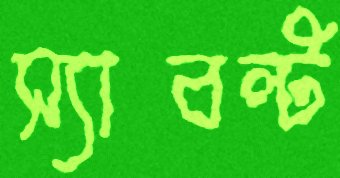
স্যাবল্ট